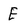
Character: E